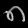
Digit: ၈